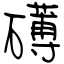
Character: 礡